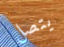
يتصل